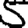
Digit: 5